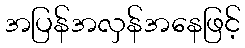
အပြန်အလှန်အနေဖြင့်